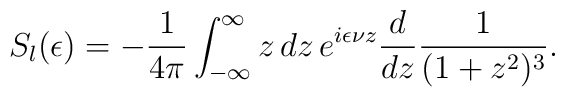
S_l(\epsilon)=-{1\over4\pi}\int_{-\infty}^\infty z\,dz\,e^{i\epsilon \nu z}{d\over dz}{1\over(1+z^2)^3}.